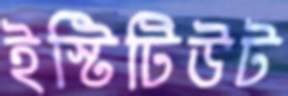
ইস্টিটিউট